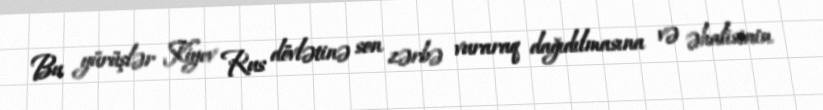
Bu yürüşlər Kiyev Rus dövlətinə son zərbə vuraraq dağıdılmasına və əhalisinin